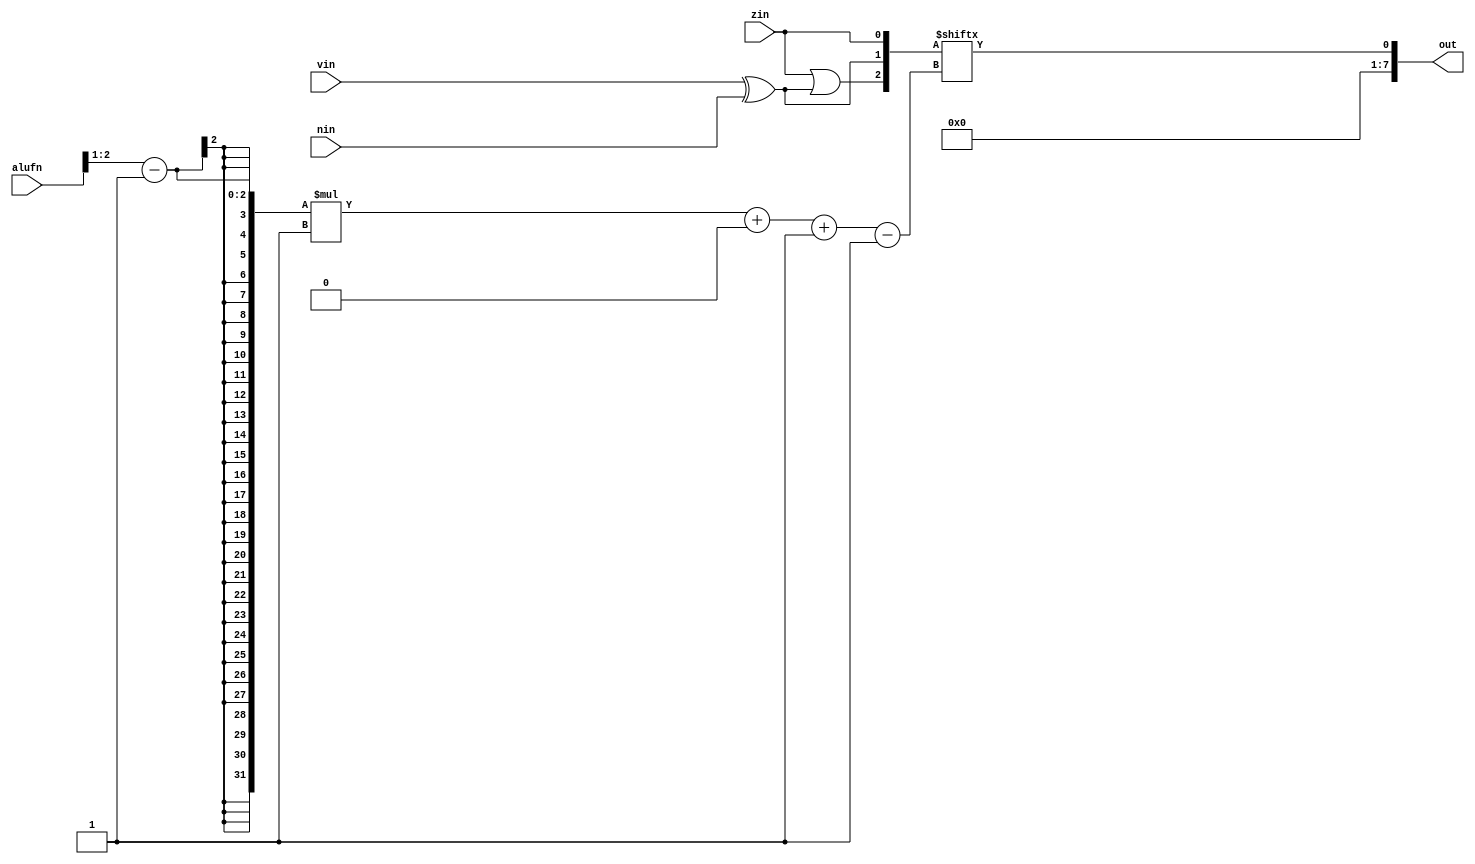
/*
   This file was generated automatically by the Mojo IDE version B1.3.3.
   Do not edit this file directly. Instead edit the original Lucid source.
   This is a temporary file and any changes made to it will be destroyed.
*/

module compare_6 (
    input [5:0] alufn,
    input [0:0] zin,
    input [0:0] vin,
    input [0:0] nin,
    output reg [7:0] out
  );
  
  
  
  reg [0:0] muxin1;
  
  reg [0:0] muxin2;
  
  reg [0:0] muxin3;
  
  reg [2:0] muxinall;
  
  reg [7:0] preout;
  
  always @* begin
    muxin1 = zin;
    muxin2 = vin ^ nin;
    muxin3 = zin | muxin2;
    muxinall = {muxin3, muxin2, muxin1};
    preout = muxinall[((alufn[1+1-:2] - 1'h1))*1+0-:1];
    out = preout;
  end
endmodule